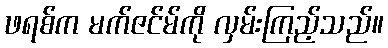
ဖရစ်က မက်ဇင်မ်ကို လှမ်းကြည့်သည်။